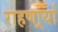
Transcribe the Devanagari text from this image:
राहणार्र्या